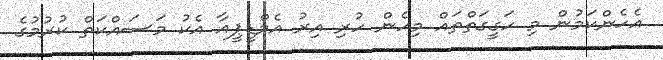
އެހެންކަމުން މި ހަގީގަތްތައް މިހެން ހުރި އިރު އެމްޑީޕީއާ އެކު މަސައްކަތް ކުރުމުގެ